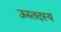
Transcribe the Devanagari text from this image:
ऊरुतदस्य